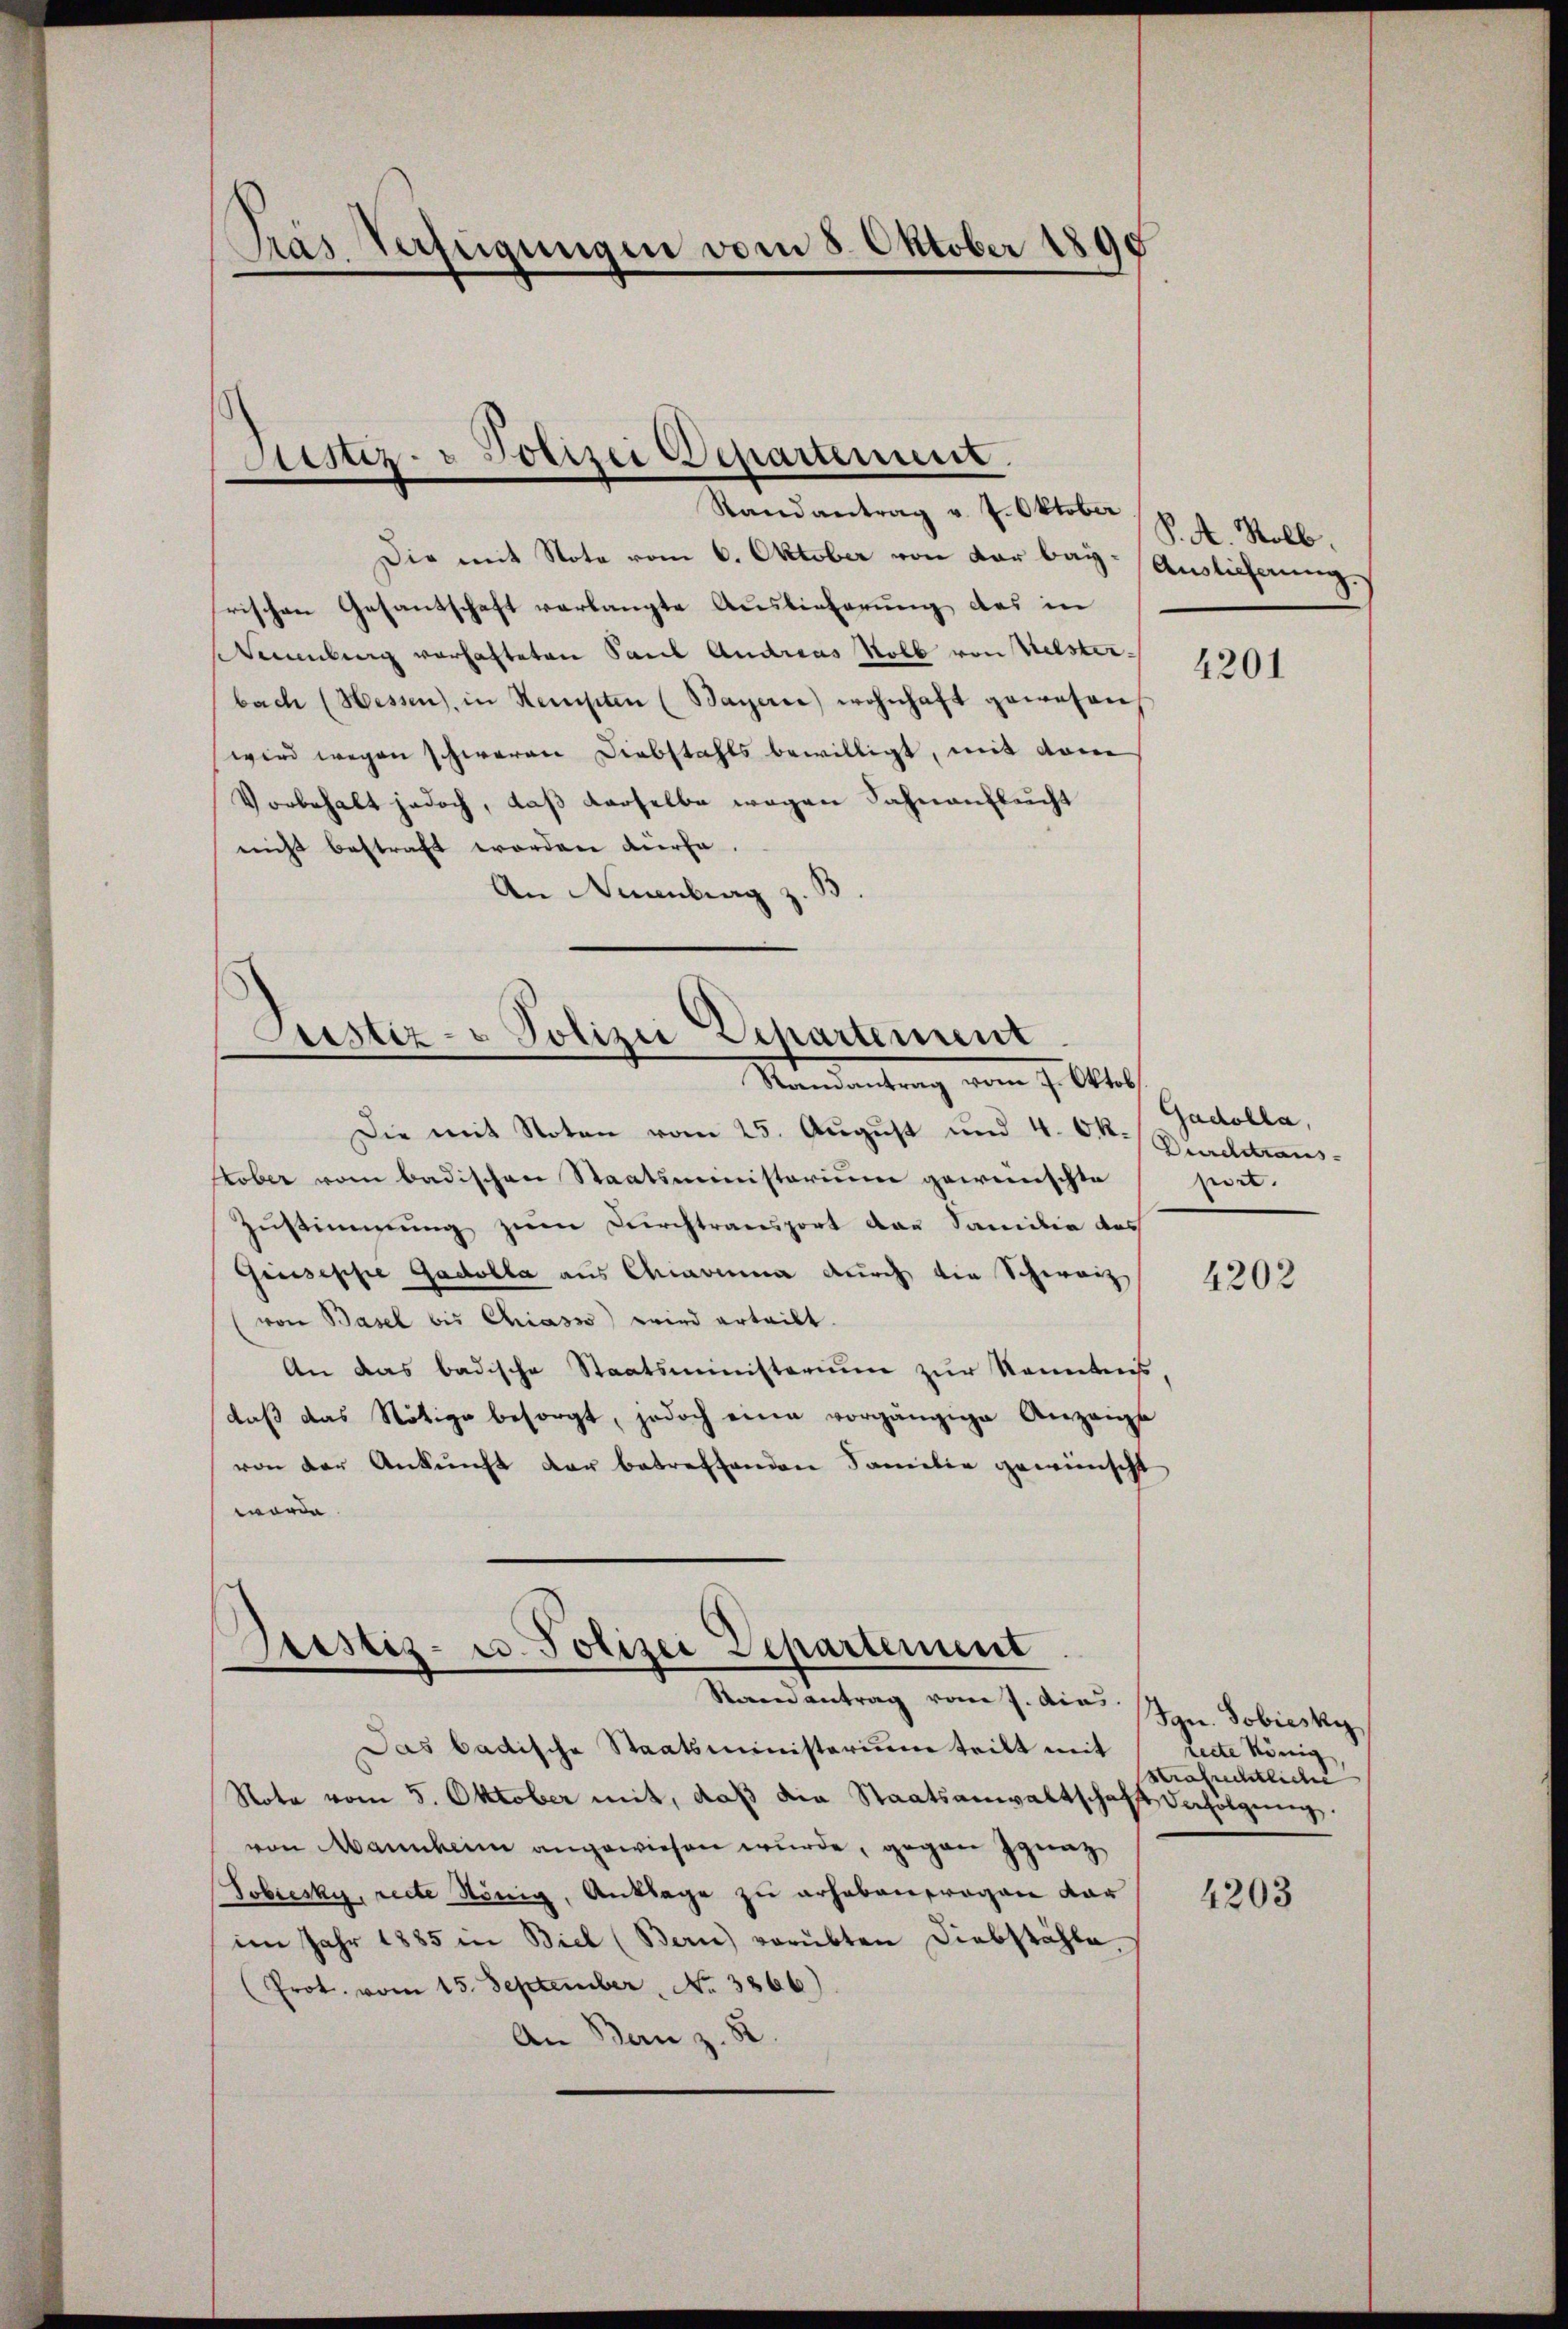
Gras Verfügungen vom 5. Oktober 1890

Justiz- & Polizei Departement.
.

Justiz- & Polizei Dehartement
.
Randantrag vom 7. Oktob

Sistiz- u. Polizei Departement
Randantrag vom 7. Aug. u. Tobiasky

Randantrag v. 7. Oktober
Die mit Note vom 6. Oktober von der bay-Auslieferung.
rischen Gesantschaft verlangte Auslieferung des in
Stammlung vorhafteten Paul Andreas Soll von Westerbach (Hessen, in Kempten (Bayerne wohnhaft gewesen
wird wegen schweren Diebstahls bewilligt, mit dem
Vorbehalt jedoch, daß derselbe wegen Fahnaufleucht
nicht bestraft worden dürfe.
An Neuenburg z.

Das badische Staatsministerium teilt mit
Nota vom 5. Oktober mit, daß die Staatsanwaltschaft Befolgung.
von Mannheim angewiesen wurde, gegen Ignaz
Tobresky, recte König, Anklage zu erhebenfragen dar
im Jahr 1885 in Biel (Bern vorübten Diebstähle,
(Prot. vom 15. September No. 3866).
An Bau z. B.

Die mit Noten vom 25. August und 4. Ok- Percerans¬
Kober vom badischen Staatsministerium gewünschte
Zustimmung zum Durchtransport der Familie des
Giuseppe Gadolla aus Chiavina durch die Schweiz
von Basel bis Chiasso wird erteilt.
An das badische Staatsministerium zur Kenntnis,
daβ das Nötige besorgt, jedoch eine vorgängige Anzeige
von der Ankunft der betreffenden Familie gewünscht
worden.

P. A. Rolb.

4201

Gadolla,
pirt.

4202

recte König,
Strafrechtliche

4203